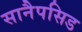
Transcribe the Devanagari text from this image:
सानैपसिड